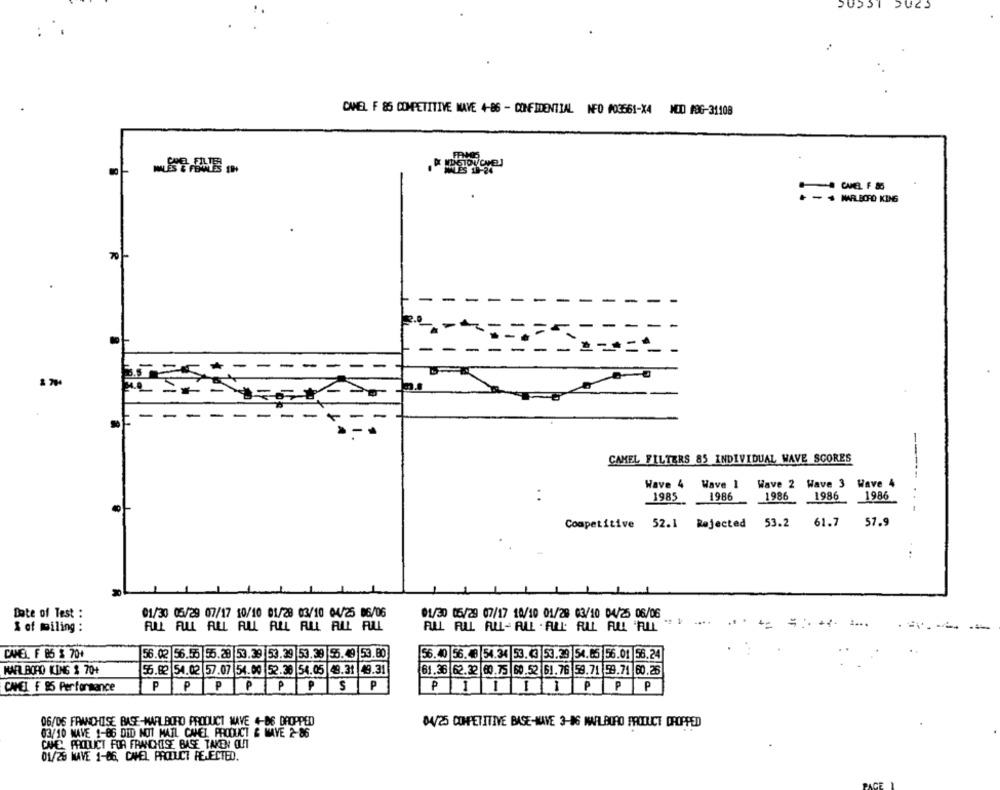
CAMEL F 85 COMPETITIVE NAVE 4-86 - CONFIDENTIAL NFO #03561-X4 MOD #8G-31108
DIGIOV OVEN
CAMEL F &G
70
-
$ 700
-
CAMEL FILTERS 85 INDIVIDUAL WAVE SCORES
Wave 4 Wave 1 Wave 2 Wave 3 Wave 4
1985
1986
1986
1986
1986
-----...
61.7
57.9
Competitive 52.1 Rejected 53.2
:
Date of Test :
01/30 05/29 07/17 10/10 01/28 03/10 04/25 86/06
01/30 05/29 07/17 10/10 01/28 03/10 04/25 06/06
= :
1 ...
& of miling :
ALL ALL ALL ALL ALL ALL ALL ALL
ALL RUL RUL- ALL . ALL: RLL ALL 'ALL
CAMEL. F 85 $ 70+
56.02 56.55 55.28 53.39 53.39 53.39 55. 49 53.80
56.40 56. 48 54.34 53.3 53.29 54.65 56.01 56.24
MARLBORO KING & 70+
56.82 54.02 57.07 54.00 52.36 54.05 49.31 49.31
61.36 62.32 60.75 60.52 61.76 59.71 59.71 60.25
CAMEL F 95 Performance
PP PP PPSP
P I I I I P P P
06/06 FRANCHISE BASE-MARLBORO PRODUCT WAVE 4-86 DROPPED
DA/25 COMPETITIVE BASE-HAVE 3-06 MAILBORO PRODUCT DROPPED
03/10 MAVE 1-86 DID NOT MAIL CAMEL PRODUCT & MAYE 2-86
CHE PIXLUICT FUA FRANCHISE BASE TAKEN OUT
01/20 NAVE 1-86, CAMEL PRODUCT REJECTED.